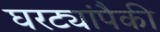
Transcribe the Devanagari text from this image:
घरट्यांपैकी